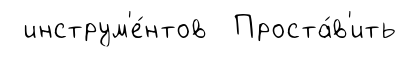
инструм'е́нтов Проста́в'ить